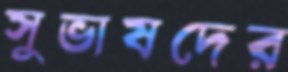
সুভাষদের